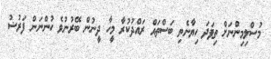
މުސްލިމިންނަށް ތިފަދަ ހިޔާނެތި ބަސްތައް ރައްދުކުރާ މީހާ ދީނުން ބޭރުނުވެ ހުންނަން ފަރުޟު